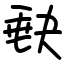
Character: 𡙇